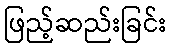
ဖြည့်ဆည်းခြင်း